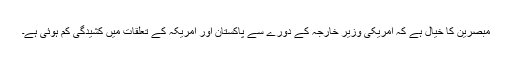
مبصرین کا خیال ہے کہ امریکی وزیر خارجہ کے دورے سے پاکستان اور امریکہ کے تعلقات میں کشیدگی کم ہوئی ہے۔